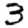
Digit: 3